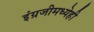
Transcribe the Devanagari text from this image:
इंग्रजीमध्येही